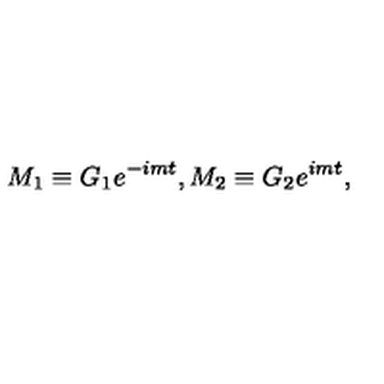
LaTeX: M _ { 1 } \equiv G _ { 1 } e ^ { - i m t } , M _ { 2 } \equiv G _ { 2 } e ^ { i m t } ,